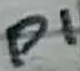
Text: P1